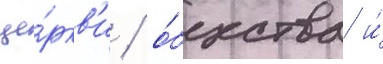
це́ркв'и / о́бщества и́